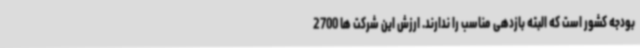
بودجه کشور است که البته بازدهی مناسب را ندارند. ارزش این شرکت ها 2700